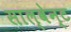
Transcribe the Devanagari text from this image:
साल्वेन्ट